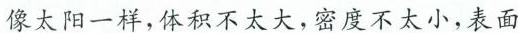
像太阳一样，体积不太大，密度不太小，表面